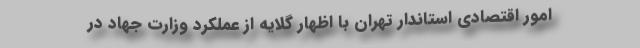
امور اقتصادی استاندار تهران با اظهار گلایه از عملکرد وزارت جهاد در